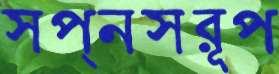
স্বপ্নস্বরূপ